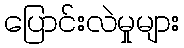
ပြောင်းလဲမှုများ